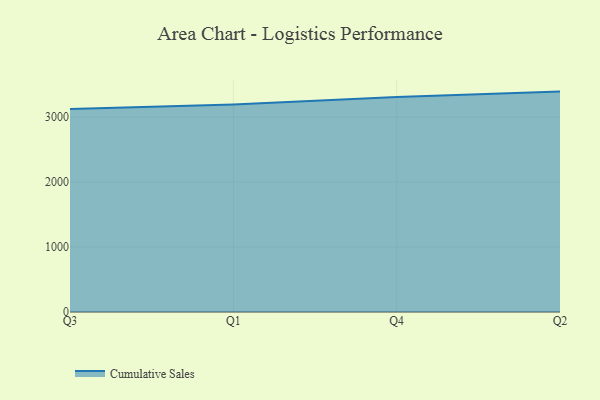
{"axis": {"x": "Quarter", "y": "Page Views"}, "legend": ["Cumulative Sales"], "data": [{"x": "Q3", "y": 3123.3, "type": "Cumulative Sales"}, {"x": "Q1", "y": 3192.6, "type": "Cumulative Sales"}, {"x": "Q4", "y": 3307.0, "type": "Cumulative Sales"}, {"x": "Q2", "y": 3391.0, "type": "Cumulative Sales"}]}